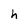
Character: h